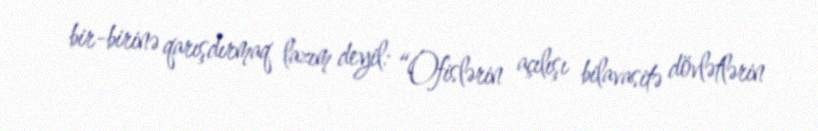
bir-birinə qarışdırmaq lazım deyil: “Ofislərin açılışı bilavasitə dövlətlərin